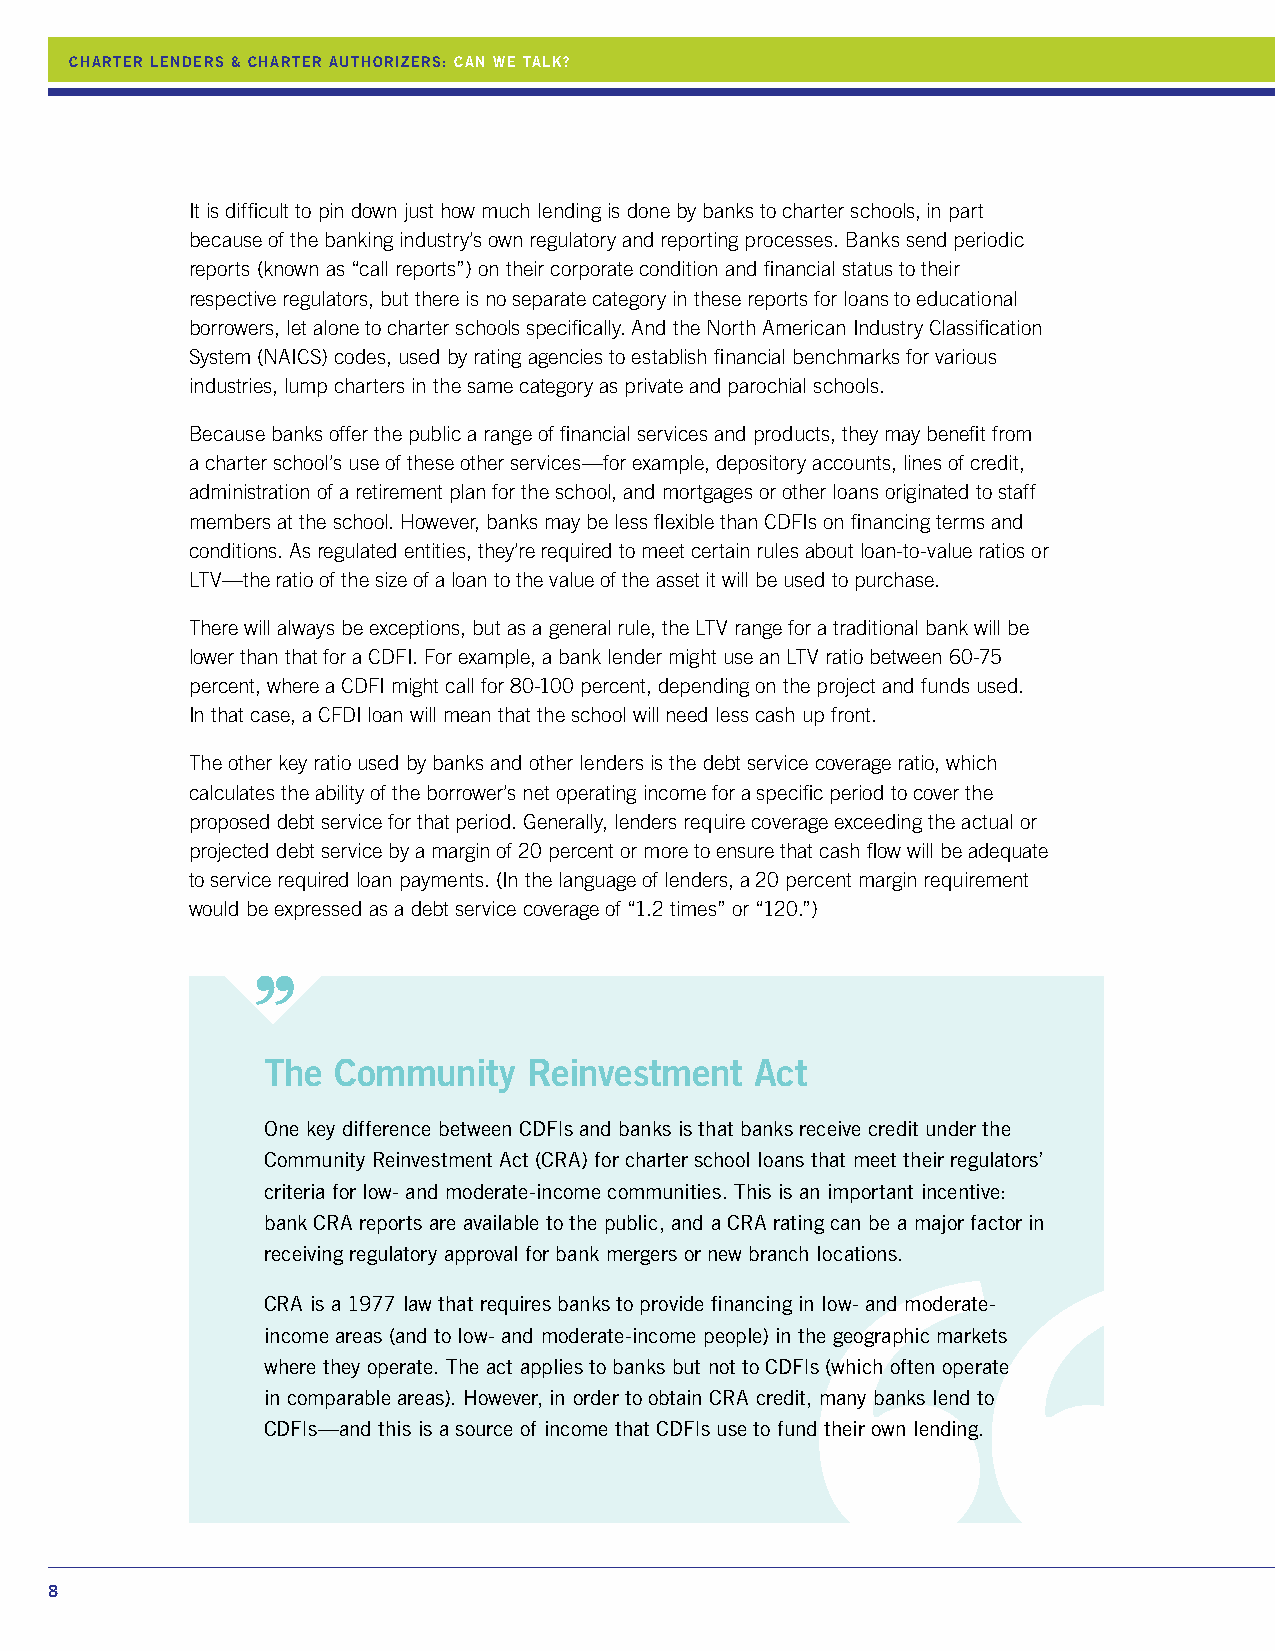
CHARTER LENDERS & CHARTER AUTHORIZERS: CAN WE TALK?
 It is difficult to pin down just how much lending is done by banks to charter schools, in part
 because of the banking industry’s own regulatory and reporting processes. Banks send periodic
 reports (known as “call reports”) on their corporate condition and financial status to their
 respective regulators, but there is no separate category in these reports for loans to educational
 borrowers, let alone to charter schools specifically. And the North American Industry Classification
 System (NAICS) codes, used by rating agencies to establish financial benchmarks for various
 industries, lump charters in the same category as private and parochial schools.
 Because banks offer the public a range of financial services and products, they may benefit from
 a charter school’s use of these other services—for example, depository accounts, lines of credit,
 administration of a retirement plan for the school, and mortgages or other loans originated to staff
 members at the school. However, banks may be less flexible than CDFIs on financing terms and
 conditions. As regulated entities, they’re required to meet certain rules about loan-to-value ratios or
 LTV—the ratio of the size of a loan to the value of the asset it will be used to purchase.
 There will always be exceptions, but as a general rule, the LTV range for a traditional bank will be
 lower than that for a CDFI. For example, a bank lender might use an LTV ratio between 60-75
 percent, where a CDFI might call for 80-100 percent, depending on the project and funds used.
 In that case, a CFDI loan will mean that the school will need less cash up front.
 The other key ratio used by banks and other lenders is the debt service coverage ratio, which
 calculates the ability of the borrower’s net operating income for a specific period to cover the
 proposed debt service for that period. Generally, lenders require coverage exceeding the actual or
 projected debt service by a margin of 20 percent or more to ensure that cash flow will be adequate
 to service required loan payments. (In the language of lenders, a 20 percent margin requirement
 would be expressed as a debt service coverage of “1.2 times” or “120.”)
 The  Community    Reinvestment   Act
 One key difference between CDFIs and banks is that banks receive credit under the
 Community Reinvestment Act (CRA) for charter school loans that meet their regulators’
 criteria for low- and moderate-income communities. This is an important incentive:
 bank CRA reports are available to the public, and a CRA rating can be a major factor in
 receiving regulatory approval for bank mergers or new branch locations.
 CRA is a 1977 law that requires banks to provide financing in low- and moderate-
 income areas (and to low- and moderate-income people) in the geographic markets
 where they operate. The act applies to banks but not to CDFIs (which often operate
 in comparable areas). However, in order to obtain CRA credit, many banks lend to
 CDFIs—and this is a source of income that CDFIs use to fund their own lending.
 8